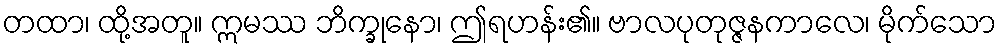
တထာ၊ ထို့အတူ။ ဣမဿ ဘိက္ခုနော၊ ဤရဟန်း၏။ ဗာလပုတုဇ္ဇနကာလေ၊ မိုက်သော